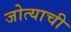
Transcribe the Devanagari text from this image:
जोत्याची